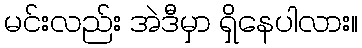
မင်းလည်း အဲဒီမှာ ရှိနေပါလား။